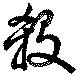
殺